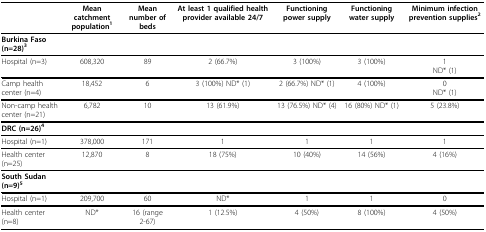
|  | Mean catchment population1 | Mean number of beds | At least 1 qualified health provider available 24/7 | Functioning power supply | Functioning water supply | Minimum infection prevention supplies2 |
 | --- | --- | --- | --- | --- | --- | --- |
 | Burkina Faso (n=28)3 |  |  |  |  |  |  |
 | Hospital (n=3) | 608,320 | 89 | 2 (66.7%) | 3 (100%) | 3 (100%) | 1ND* (1) |
 | Camp health center (n=4) | 18,452 | 6 | 3 (100%) ND* (1) | 2 (66.7%) ND* (1) | 4 (100%) | 0ND* (1) |
 | Non-camp health center (n=21) | 6,782 | 10 | 13 (61.9%) | 13 (76.5%) ND* (4) | 16 (80%) ND* (1) | 5 (23.8%) |
 | DRC (n=26)4 |  |  |  |  |  |  |
 | Hospital (n=1) | 378,000 | 171 | 1 | 1 | 1 | 1 |
 | Health center (n=25) | 12,870 | 8 | 18 (75%) | 10 (40%) | 14 (56%) | 4 (16%) |
 | South Sudan (n=9)5 |  |  |  |  |  |  |
 | Hospital (n=1) | 209,700 | 60 | ND* | 1 | 1 | 0 |
 | Health center (n=8) | ND* | 16 (range 2-67) | 1 (12.5%) | 4 (50%) | 8 (100%) | 4 (50%) |